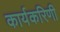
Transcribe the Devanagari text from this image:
कार्यकरिणी